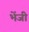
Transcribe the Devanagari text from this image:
भेंजी